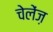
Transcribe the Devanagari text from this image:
चेलेंज़